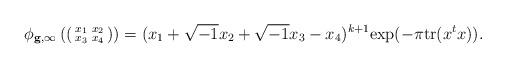
LaTeX: \begin{align*} \phi_{\mathbf g, \infty}\left(\left(\begin{smallmatrix} x_1 & x_2 \\ x_3 & x_4 \end{smallmatrix}\right) \right) = (x_1 + \sqrt{-1}x_2 + \sqrt{-1}x_3 - x_4)^{k+1}\mathrm{exp}(-\pi \mathrm{tr}(x^t x)). \end{align*}